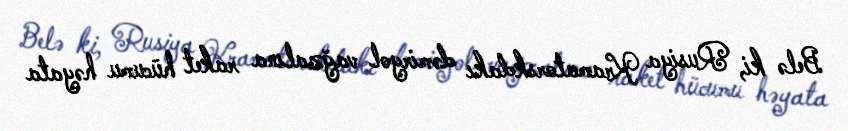
Belə ki, Rusiya Kramatorskdakı dəmiryol vağzalına raket hücumu həyata